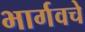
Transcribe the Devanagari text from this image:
भार्गवचे